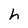
Character: h